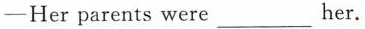
—Her parents were___her.